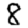
Digit: 8